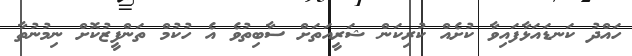
ހައްދު ކަނޑައަޅާފައިވާ ކުށެއް ކުރިކަން ޝަރީއަތަށް ސާބިތުވެ އެ ހުކުމް ތަންފީޒުކޮށް ނިމުނުތާ